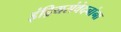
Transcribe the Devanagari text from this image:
इंद्रियसंवेदनांना